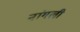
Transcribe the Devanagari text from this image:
नांगली